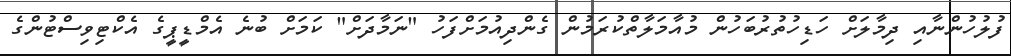
ފުލުހުންނާއި ދިމާލަށް ހަޑިހުތުރުބަހުން މުއާމަލާތްކުރަމުން ގެންދިއުމަށްފަހު "ނަމާދަށް" ކަމަށް ބުނެ އެމްޑީޕީގެ އެކްޓިވިސްޓުންގެ